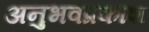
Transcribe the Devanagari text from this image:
अनुभवप्रकाश